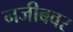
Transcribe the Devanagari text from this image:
नजीबवर